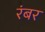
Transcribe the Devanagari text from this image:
रंबर